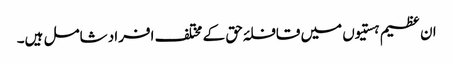
ان عظیم ہستیوں میں قافلۂ حق کے مختلف افراد شامل ہیں۔